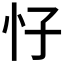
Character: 𱞀